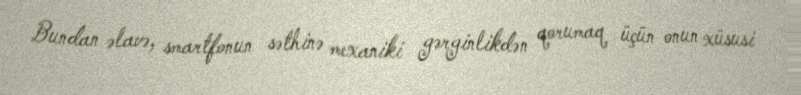
Bundan əlavə, smartfonun səthinə mexaniki gərginlikdən qorumaq üçün onun xüsusi